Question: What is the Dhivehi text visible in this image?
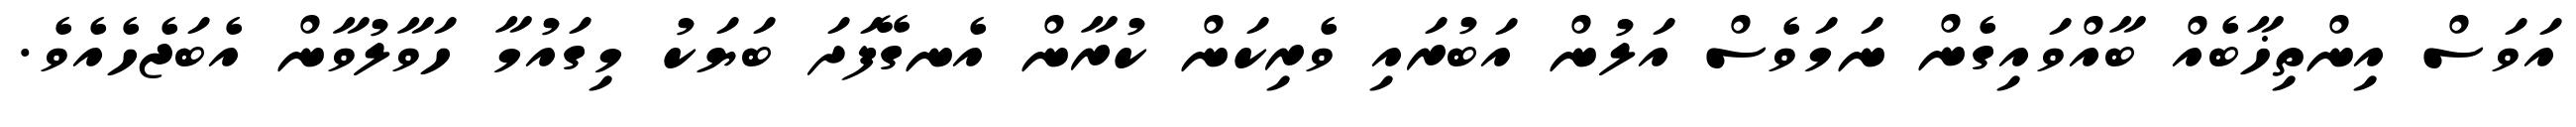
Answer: އަވަސް އިންތިޚާބެއް ބާއްވައިގެން ނަމަވެސް އަލުން އަބުރައި ވެރިކަން ކުރާން އެނގޭފަދަ ބަޔަކު މިގައުމާ ހަވާލުވާން އެބަޖެހެއެވެ.